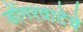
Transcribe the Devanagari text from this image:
डोंगरवाटेचे